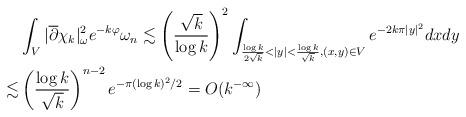
LaTeX: \begin{align*}& \int_{V} |\overline{\partial}\chi_{k}|^2_{\omega}e^{-k\varphi} \omega_{n} \lesssim \left(\frac{\sqrt{k}}{\log k}\right)^2 \int_{\frac{\log k}{2\sqrt{k}}< |y| < \frac{\log k}{\sqrt{k}}, (x, y) \in V} e^{-2k\pi|y|^2} dxdy \\\lesssim & \left(\frac{\log k}{\sqrt{k}}\right)^{n-2}e^{-\pi (\log k)^2/2} = O(k^{-\infty}) \end{align*}